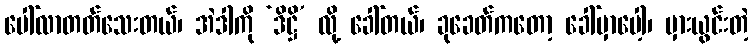
ပေါ်လာတတ်သေးတယ်၊ အဲဒါကို ‘ဒိဋ္ဌိ’ လို့ ခေါ်တယ်၊ ခုခေတ်ကတော့ ခေါ်မှာပေါ့၊ မှားယွင်းတဲ့